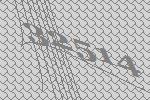
32514